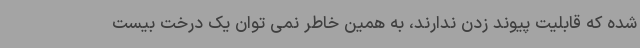
شده که قابلیت پیوند زدن ندارند، به همین خاطر نمی توان یک درخت بیست